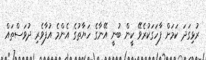
ރުޅިގަދަ ކަމަށް ފާހަގަކުރެވޭ ކީން ބުނީ އޭނާގެ ހަޔާތުގެ އެންމެ އުފާވެރި ދުވަސްތައް